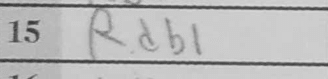
Transcription: Rdb1